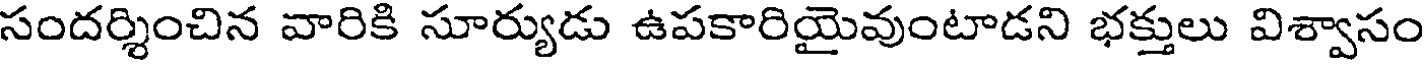
సందర్శించిన వారికి సూర్యుడు ఉపకారియైవుంటాడని భక్తులు విశ్వాసం